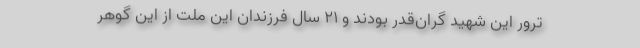
ترور این شهید گران‌قدر بودند و ۲۱ سال فرزندان این ملت از این گوهر